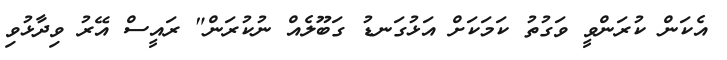
އެކަން ކުރަންވީ ވަގުތު ކަމަކަށް އަޅުގަނޑު ގަބޫލެއް ނުކުރަން" ރައީސް އޭރު ވިދާޅުވި